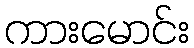
ကားမောင်း